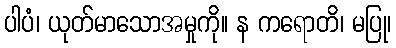
ပါပံ၊ ယုတ်မာသောအမှုကို။ န ကရောတိ၊ မပြု၊